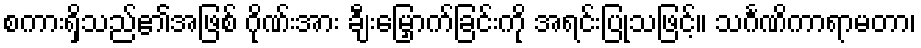
စကားရှိသည်၏အဖြစ် ဂိုဏ်းအား ချီးမြှောက်ခြင်းကို အရင်းပြုသဖြင့်။ သင်္ဂဏိကာရာမတာ၊